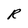
Character: R